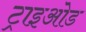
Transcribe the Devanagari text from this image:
ट्राइओड